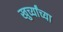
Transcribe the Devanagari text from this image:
खुर्च्यांच्या